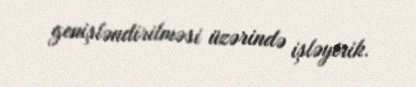
genişləndirilməsi üzərində işləyirik.